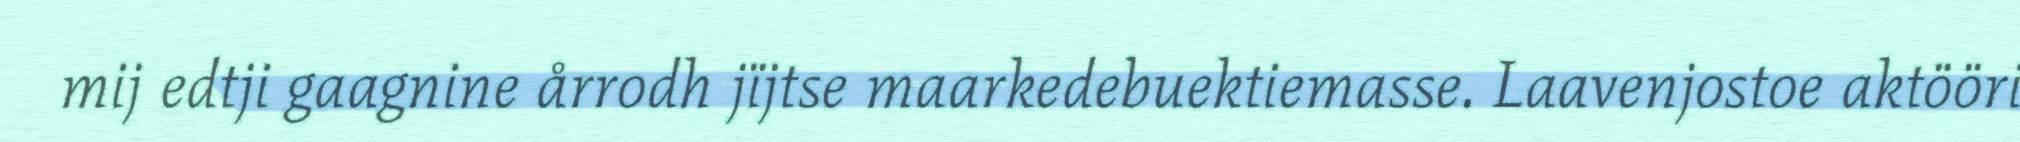
mij edtji gaagnine årrodh jïjtse maarkedebuektiemasse. Laavenjostoe aktööri